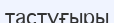
тастұғыры